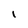
Character: l